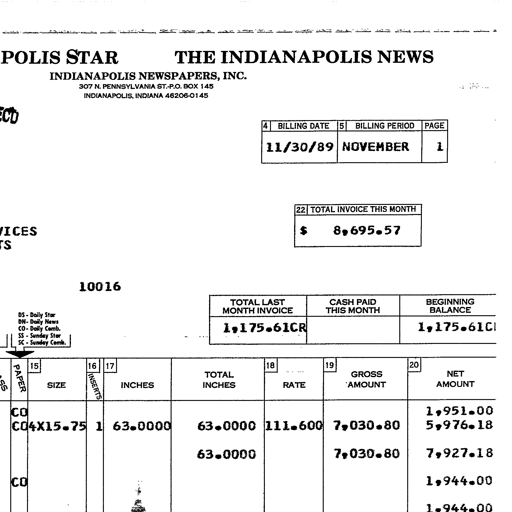
POLIS STAR THE INDIANAPOLIS NEWS
INDIANAPOLIS NEWSPAPERS, INC.
307 N. PENNSYLVANIA ST.-P.O. BOX 145
INDIANAPOLIS, INDIANA 46206-0145
4 BILLING DATE 5 BILLING PERIOD PAGE
11/30/89 NOVEMBER 1
22 TOTAL INVOICE THIS MONTH
$ 8,695.57
10016
TOTAL LAST
MONTH INVOICE
CASH PAID
THIS MONTH
BEGINNING
BALANCE
1,175.61CR 1,175.61CR
DS - Daily Star
DN - Daily News
CO - Daily Comb.
SS - Sunday Star
SC - Sunday Comb.
15 16 17 TOTAL 18 19 20
SIZE INSERTS INCHES INCHES RATE GROSS AMOUNT NET AMOUNT
CO 1,951.00
CO 4X15.75 1 63.0000 63.0000 111.600 7,030.80 5,976.18
63.0000 7,030.80 7,927.18
CO 1,944.00
1,944.00